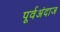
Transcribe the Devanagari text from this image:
पूर्वअंदाज